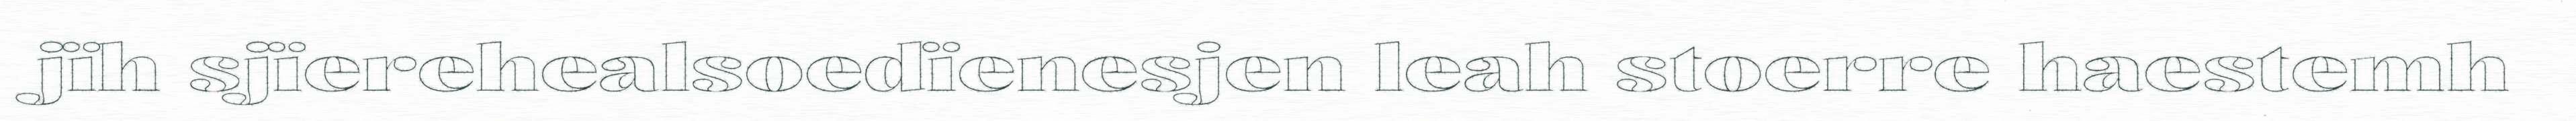
jïh sjïerehealsoedïenesjen leah stoerre haestemh